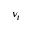
\nu _ { t }